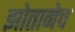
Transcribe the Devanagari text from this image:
झोतानेच